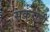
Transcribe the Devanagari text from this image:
सकरोटी